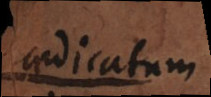
praedicatum